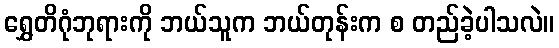
ရွှေတိဂုံဘုရားကို ဘယ်သူက ဘယ်တုန်းက စ တည်ခဲ့ပါသလဲ။